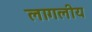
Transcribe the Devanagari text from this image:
लागलीय